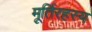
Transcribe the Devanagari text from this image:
मूर्तिरहस्य